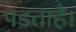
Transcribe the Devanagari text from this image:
पडताहै।